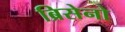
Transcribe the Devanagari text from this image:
ब्रिसेनो